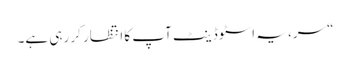
“ سر، یہ اسٹوڈینٹ آپ کا انتظار کر رہی ہے۔